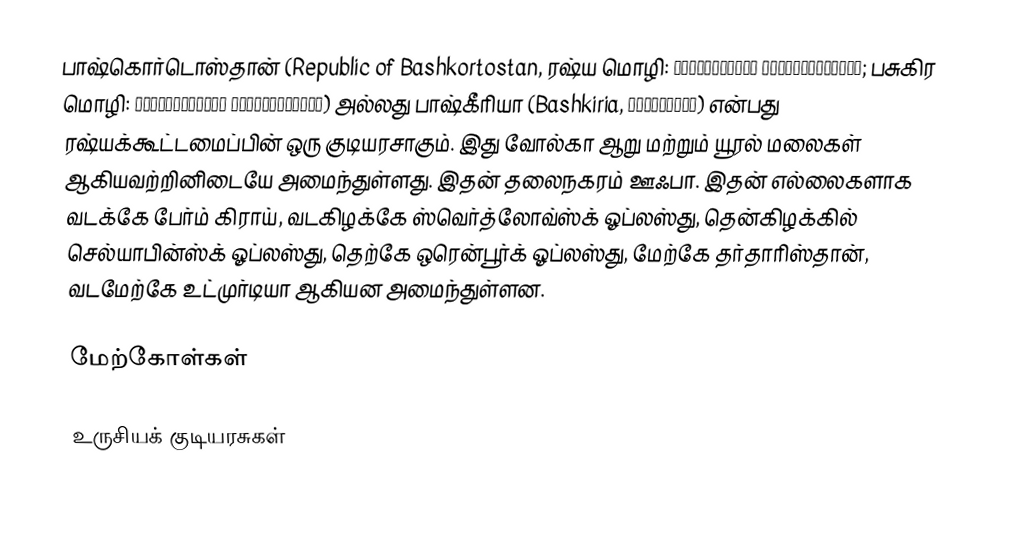
பாஷ்கொர்டொஸ்தான் (Republic of Bashkortostan, ரஷ்ய மொழி: Респу́блика Башкортоста́н; பசுகிர மொழி: Башҡортостан Республикаһы) அல்லது பாஷ்கீரியா (Bashkiria, Башки́рия) என்பது ரஷ்யக்கூட்டமைப்பின் ஒரு குடியரசாகும். இது வோல்கா ஆறு மற்றும் யூரல் மலைகள் ஆகியவற்றினிடையே அமைந்துள்ளது. இதன் தலைநகரம் ஊஃபா. இதன் எல்லைகளாக வடக்கே பேர்ம் கிராய், வடகிழக்கே ஸ்வெர்த்லோவ்ஸ்க் ஓப்லஸ்து, தென்கிழக்கில் செல்யாபின்ஸ்க் ஓப்லஸ்து, தெற்கே ஒரென்பூர்க் ஓப்லஸ்து, மேற்கே தர்தாரிஸ்தான், வடமேற்கே உட்முர்டியா ஆகியன அமைந்துள்ளன.

மேற்கோள்கள்

உருசியக் குடியரசுகள்